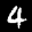
Label: 4